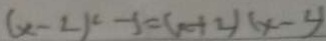
( x - 2 ) ^ { 2 } - 1 = ( x + 2 ) ( x - 4 )